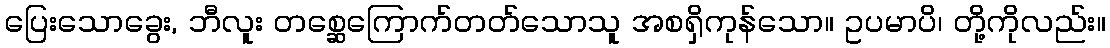
ပြေးသောခွေး, ဘီလူး တစ္ဆေကြောက်တတ်သောသူ အစရှိကုန်သော။ ဥပမာပိ၊ တို့ကိုလည်း။